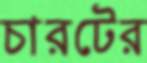
চারটের